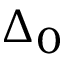
\Delta _ { 0 }